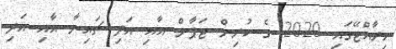
މިރާއްޖޭގައި 2020 ގެ ކުރިން ޖަޕާން އާއި އަދި ޗައިނާ އާއި އަދި